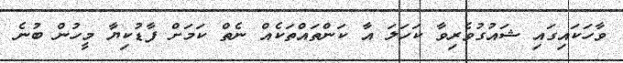
ވާހަކައިގައި ޝައުގުވެރިވާ ކަހަލަ އާ ކަންތައްތަކެއް ނެތް ކަމަށް ފާޑުކިޔާ މީހުން ބުނެ